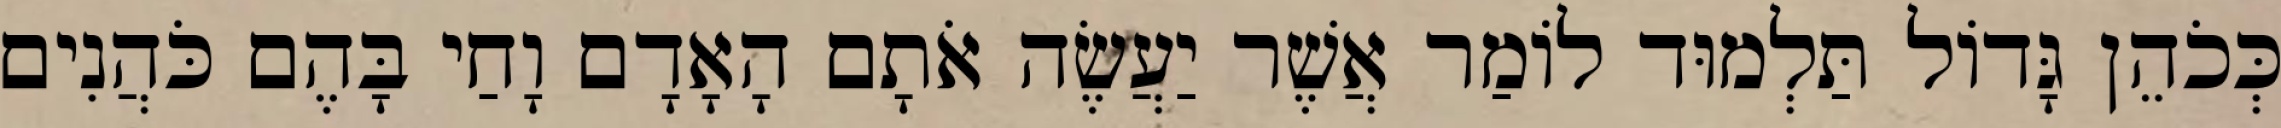
כְּכֹהֵן גָּדוֹל תַּלְמוּד לוֹמַר אֲשֶׁר יַעֲשֶׂה אֹתָם הָאָדָם וָחַי בָּהֶם כֹּהֲנִים